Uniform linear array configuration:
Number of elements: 12
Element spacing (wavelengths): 1
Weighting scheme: kaiser
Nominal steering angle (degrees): -45
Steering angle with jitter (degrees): -43.402
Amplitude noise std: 0.05
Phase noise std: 0.05

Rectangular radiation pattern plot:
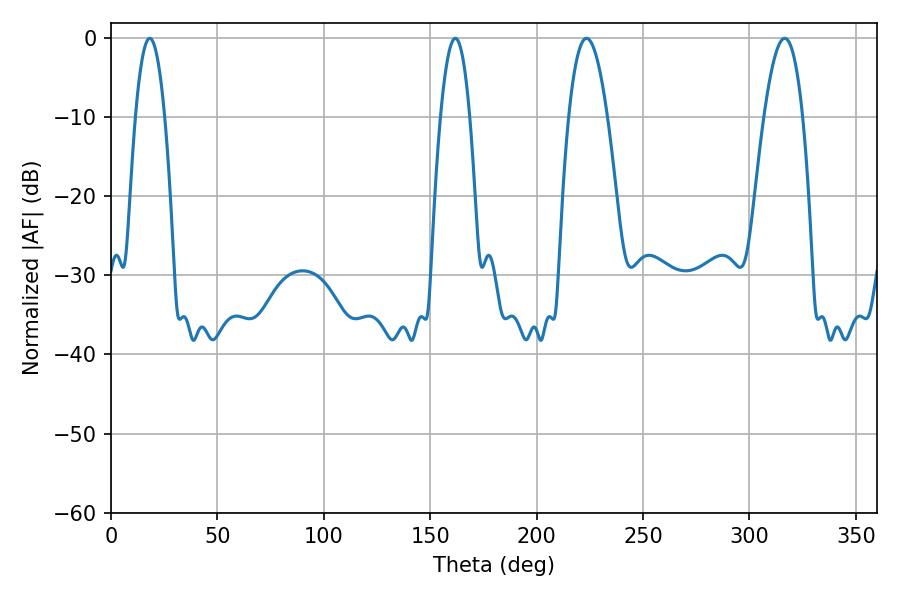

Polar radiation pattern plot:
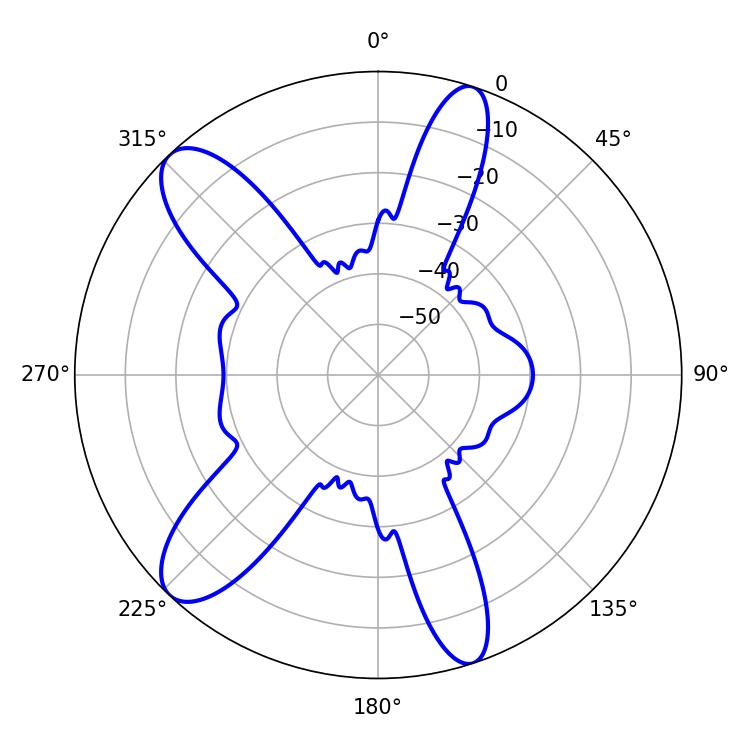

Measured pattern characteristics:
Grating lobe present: TRUE
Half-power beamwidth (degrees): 7.56
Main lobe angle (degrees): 18.18